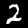
Label: 2